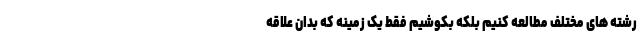
رشته های مختلف مطالعه کنیم بلکه بکوشیم فقط یک زمینه که بدان علاقه